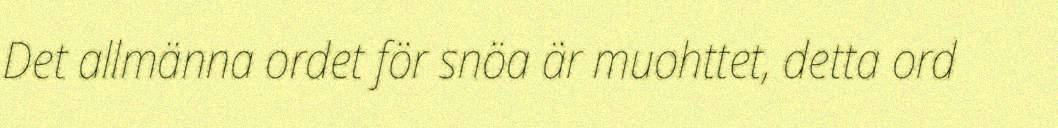
Det allmänna ordet för snöa är muohttet, detta ord